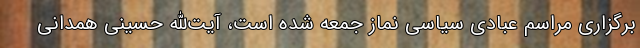
برگزاری مراسم عبادی سیاسی نماز جمعه شده است، آیت‌الله حسینی همدانی